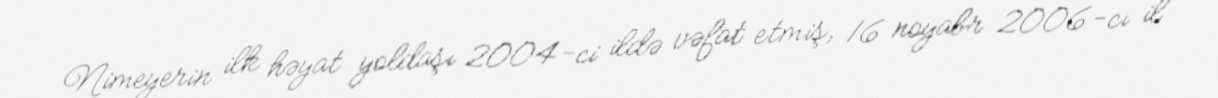
Nimeyerin ilk həyat yoldaşı 2004-ci ildə vəfat etmiş, 16 noyabr 2006-cı il